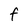
Character: F